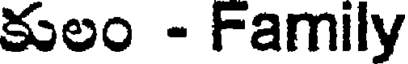
కులం - Family